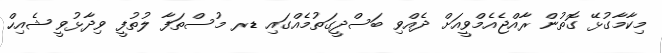
މިކާމާގުޅޭ ގޮތުން ރާއްޖެއެމްވީއަށް ދެއްވި ބަސްދީގަތުމެއްގައި ޑރ މުސްތަފާ ލުތުފީ ވިދާޅުވީ ޝެއިހް